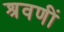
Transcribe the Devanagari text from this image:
श्रवणीं